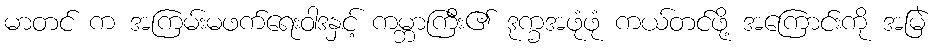
မာတင် က အကြမ်းမဖက်ရေးဝါဒနှင့် ကမ္ဘာကြီး၏ ဒုက္ခအဖုံဖုံ ကယ်တင်ဖို့ အကြောင်းကို အမြဲ